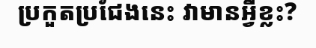
ប្រកួតប្រជែងនេះ វាមានអ្វីខ្លះ?